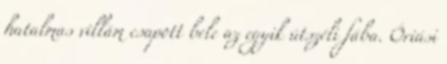
hatalmas villám csapott bele az egyik útszéli fába. Óriási